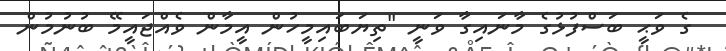
ގެ ވަޙީ ބަސްފުޅުގެ މާނައިގާ ވަނީ "ތިޔަބައިމީހުން އީމާން ވެއްޖައީމޭ ބުނުމުން